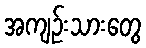
အကျဉ်းသားတွေ